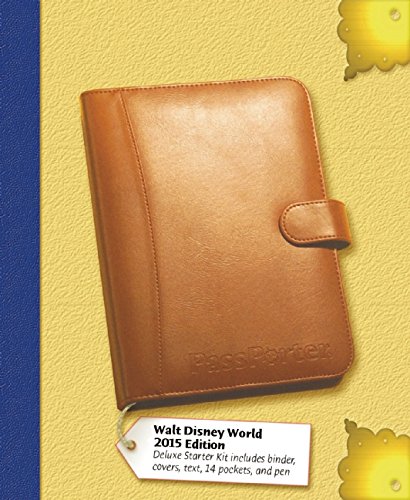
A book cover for PassPorter's Walt Disney World 2015 Deluxe; Jennifer Marx; Travel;